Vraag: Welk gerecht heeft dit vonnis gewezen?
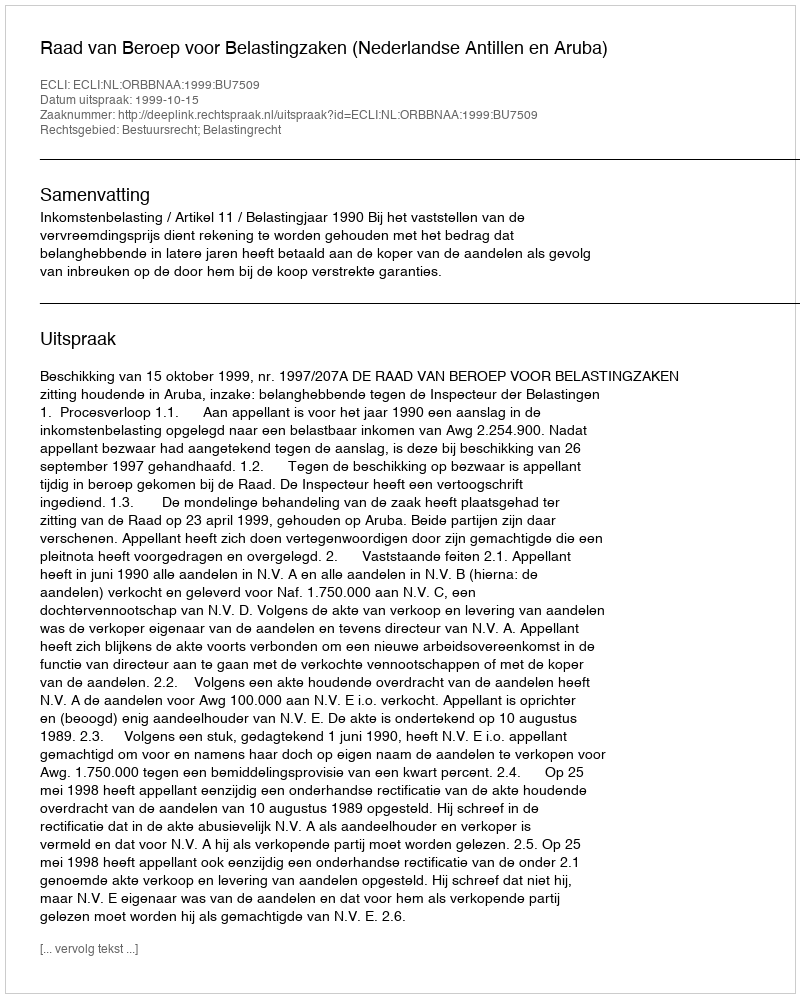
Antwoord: Raad van Beroep voor Belastingzaken (Nederlandse Antillen en Aruba)